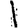
Digit: 1